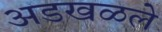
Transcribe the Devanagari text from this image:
अडखळले